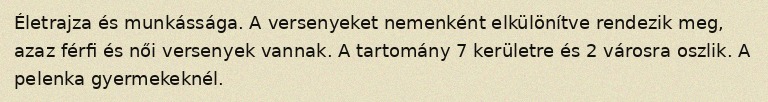
Életrajza és munkássága. A versenyeket nemenként elkülönítve rendezik meg, azaz férfi és női versenyek vannak. A tartomány 7 kerületre és 2 városra oszlik. A pelenka gyermekeknél.